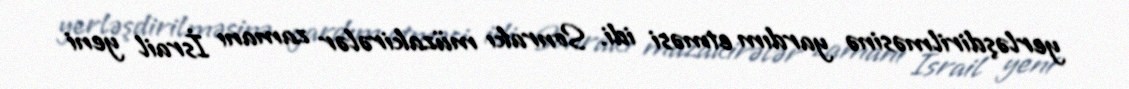
yerləşdirilməsinə yardım etməsi idi. Sonrakı müzakirələr zamanı İsrail yeni